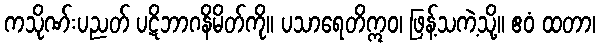
ကသိုဏ်းပညတ် ပဋိဘာဂနိမိတ်ကို။ ပသာရေတိဣဝ၊ ဖြန့်သကဲ့သို့။ ဧဝံ ထတာ၊